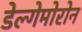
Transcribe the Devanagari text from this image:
डेल्गेमोरोन